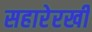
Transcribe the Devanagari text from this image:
सहारेरखी